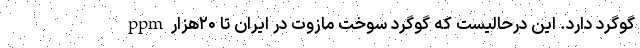
گوگرد دارد. این درحالیست که گوگرد سوخت مازوت در ایران تا ۲۰هزارppm